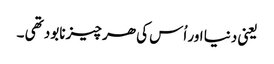
یعنی دنیا اور اُس کی ھر چیز نابود تھی ۔